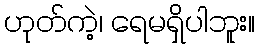
ဟုတ်ကဲ့၊ ရေမရှိပါဘူး။